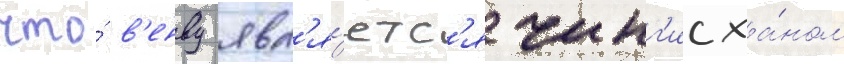
что́ в'енву явл'я́етс'я чинг'исха́ном